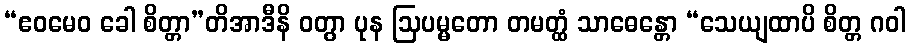
“ဧဝမေဝ ခေါ စိတ္တာ”တိအာဒီနိ ဝတွာ ပုန ဩပမ္မတော တမတ္ထံ သာဓေန္တော “သေယျထာပိ စိတ္တ ဂဝါ